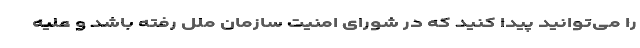
را می‌توانید پیدا کنید که در شورای امنیت سازمان ملل رفته باشد و علیه